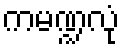
ကမဏ္ဍလုံ